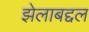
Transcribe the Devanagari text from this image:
झेलाबद्दल